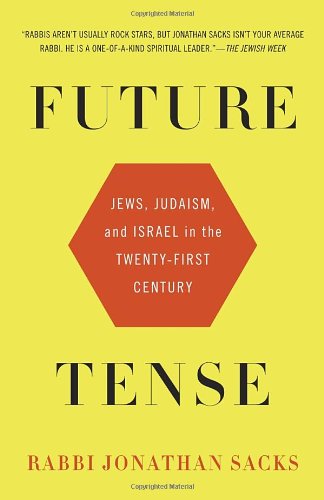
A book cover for Future Tense: Jews, Judaism, and Israel in the Twenty-first Century; Jonathan Sacks; History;